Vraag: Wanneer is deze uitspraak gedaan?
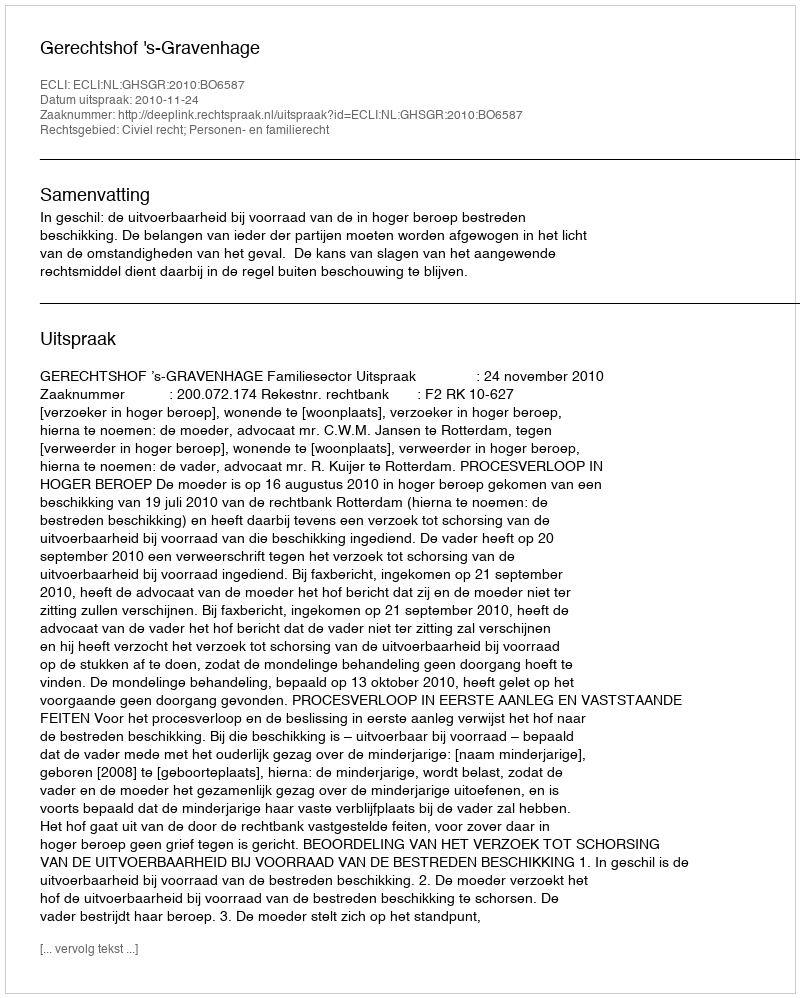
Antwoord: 2010-11-24